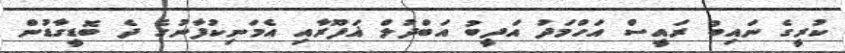
ކުރީގެ ނައިބު ރައީސް އަހްމަދު އަދީބު އަބްދުލް ޣަފޫރާއި އެމަނިކުފާނުގެ ދެ ބޮޑީގާޑުން